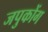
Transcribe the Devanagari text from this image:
जपुकोंग